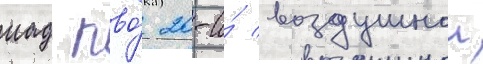
иад пво́ 20-и́ воздушнои